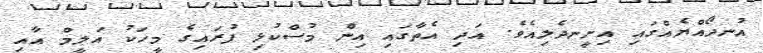
އުނދޯއްޔެއްގައި އިށީނދެލިއެވެ. އަދި އެތާގައި އިން މުސްކުޅި ފުރައިގެ މީހަކު އަލީމް އާއި